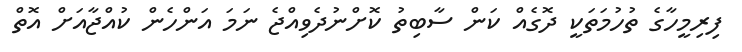
ފިރިމީހާގެ ތުހުމަތަކީ ދޮގެއް ކަން ސާބިތު ކޮށްނުދެވިއްޖެ ނަމަ އަންހެން ކުއްޖާއަށް އޮތް